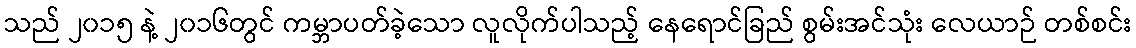
သည် ၂၀၁၅ နဲ့ ၂၀၁၆တွင် ကမ္ဘာပတ်ခဲ့သော လူလိုက်ပါသည့် နေရောင်ခြည် စွမ်းအင်သုံး လေယာဉ် တစ်စင်း